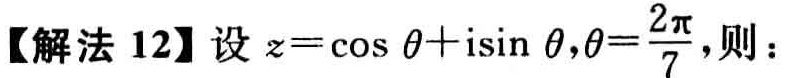
【解法 12】设\(z = \cos\theta + i\sin\theta,\theta=\frac{2\pi}{7}\)，则：